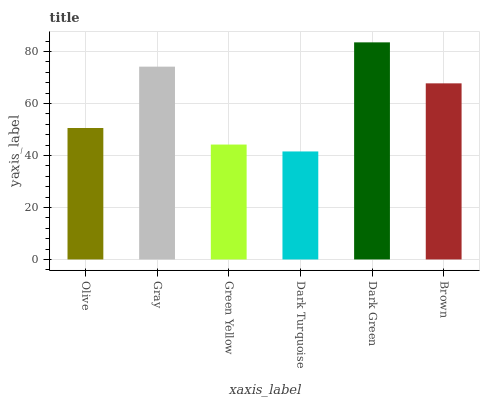
| xaxis_label | bars |
 | --- | --- |
 | Olive | 50.6 |
 | Gray | 74.2 |
 | Green Yellow | 44.2 |
 | Dark Turquoise | 41.5 |
 | Dark Green | 83.5 |
 | Brown | 67.7 |